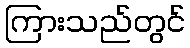
ကြားသည်တွင်